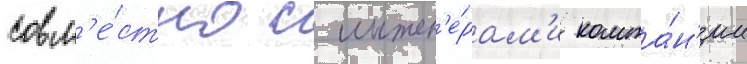
совм'е́стно с инжен'е́рам'и компа́н'ии